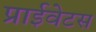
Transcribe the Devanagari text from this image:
प्राईवेटस